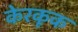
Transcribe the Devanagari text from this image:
केरकूक